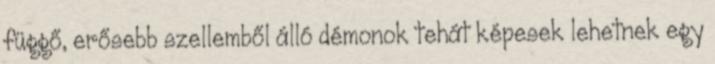
függő, erősebb szellemből álló démonok tehát képesek lehetnek egy